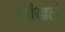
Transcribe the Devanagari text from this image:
खीखले